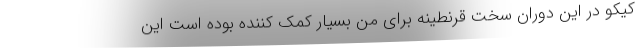
کیکو در این دوران سخت قرنطینه برای من بسیار کمک کننده بوده است این